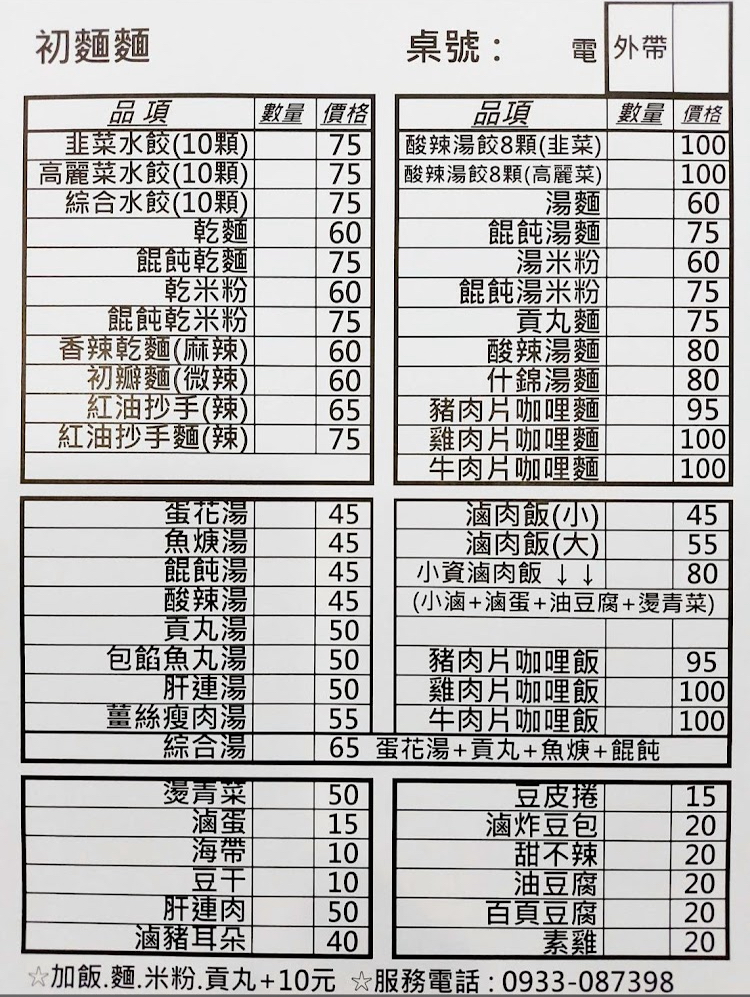
電話：0933-087398
菜單：
name: 韭菜水餃(10顆)
price: 75
name: 高麗菜水餃(10顆)
price: 75
name: 綜合水餃(10顆)
price: 75
name: 乾麵
price: 60
name: 餛飩乾麵
price: 75
name: 乾米粉
price: 60
name: 餛飩乾米粉
price: 75
name: 香辣乾麵(麻辣)
price: 60
name: 初瓣麵(微辣)
price: 60
name: 紅油抄手(辣)
price: 65
name: 紅油抄手麵(辣)
price: 75
name: 酸辣湯餃8顆(韭菜)
price: 100
name: 酸辣湯餃8顆(高麗菜)
price: 100
name: 湯麵
price: 60
name: 餛飩湯麵
price: 75
name: 湯米粉
price: 60
name: 餛飩湯米粉
price: 75
name: 貢丸麵
price: 75
name: 酸辣湯麵
price: 80
name: 什錦湯麵
price: 80
name: 豬肉片咖哩麵
price: 95
name: 雞肉片咖哩麵
price: 100
name: 牛肉片咖哩麵
price: 100
name: 蛋花湯
price: 45
name: 滷肉飯(小)
price: 45
name: 魚焿湯
price: 45
name: 滷肉飯(大)
price: 55
name: 餛飩湯
price: 45
name: 小資滷肉飯
price: 80
name: 酸辣湯
price: 45
name: 貢丸湯
price: 50
name: 包餡魚丸湯
price: 50
name: 豬肉片咖哩飯
price: 95
name: 肝連湯
price: 50
name: 雞肉片咖哩飯
price: 100
name: 薑絲瘦肉湯
price: 55
name: 牛肉片咖哩飯
price: 100
name: 綜合湯
price: 65
name: 燙青菜
price: 50
name: 豆皮捲
price: 15
name: 滷蛋
price: 15
name: 滷炸豆包
price: 20
name: 海帶
price: 10
name: 甜不辣
price: 20
name: 豆干
price: 10
name: 油豆腐
price: 20
name: 肝連肉
price: 50
name: 百頁豆腐
price: 20
name: 滷豬耳朵
price: 40
name: 素雞
price: 20